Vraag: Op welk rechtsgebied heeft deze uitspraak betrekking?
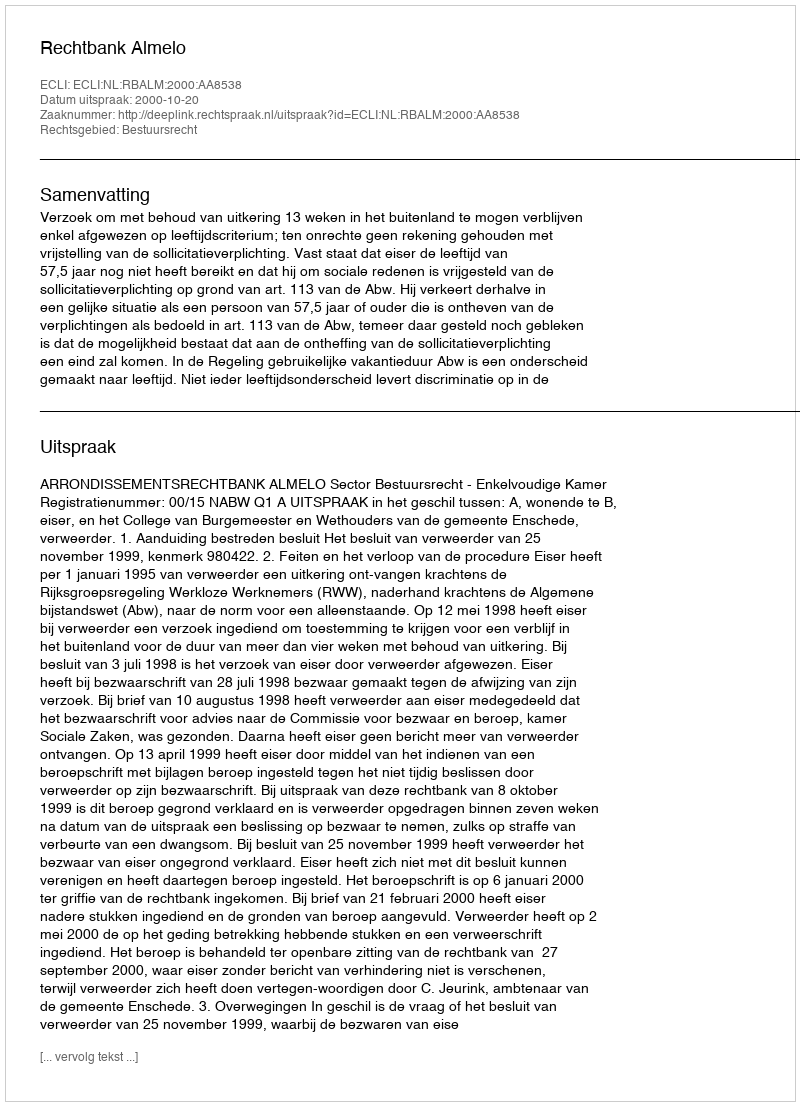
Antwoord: Bestuursrecht